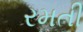
રમતી